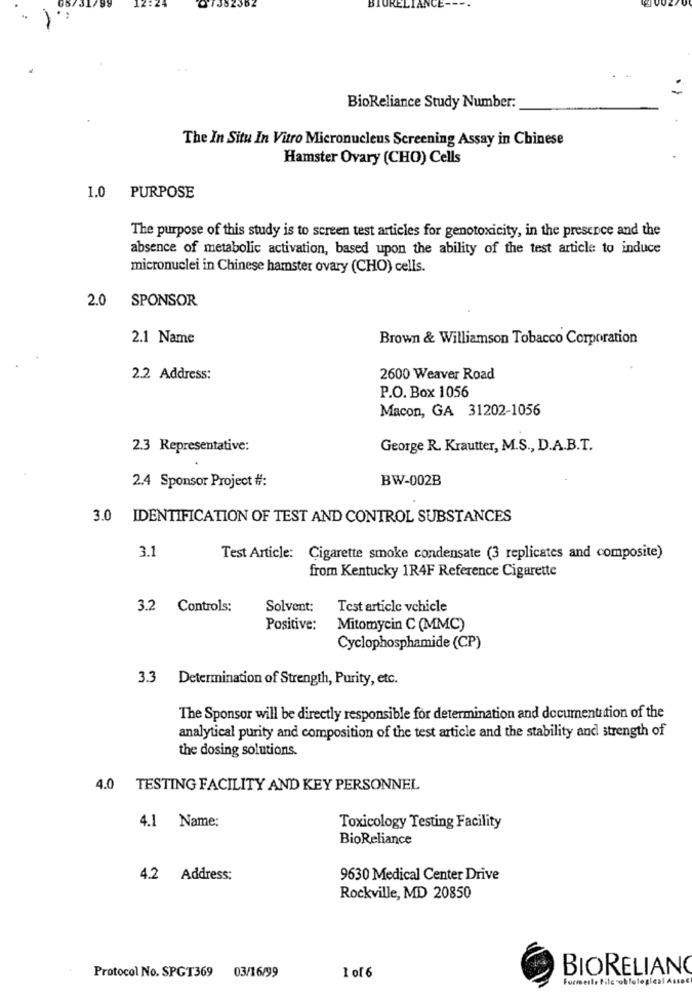
BioReliance Study Number:
The In Situ In Vitro Micronucleus Screening Assay in Chinese
Hamster Ovary (CHO) Cells
1.0 PURPOSE
The purpose of this study is to screen test articles for genotoxicity, in the presence and the
absence of metabolic activation, based upon the ability of the test article to induce
micronuclei in Chinese hamster ovary (CHO) cells.
2.0
SPONSOR
2.1 Name
Brown & Williamson Tobacco Corporation
2.2 Address:
2600 Weaver Road
P.O. Box 1056
Macon, GA 31202-1056
2.3 Representative:
George R. Krautter, M.S ., D.A.B.T.
2.4 Sponsor Project #:
BW-002B
3.0 IDENTIFICATION OF TEST AND CONTROL SUBSTANCES
3.1
Test Article: Cigarette smoke condensate (3 replicates and composite)
from Kentucky 1R4F Reference Cigarette
3.2 Controls:
Solvent:
Test article vehicle
Positive:
Mitomycin C (MMC)
Cyclophosphamide (CP)
3.3 Determination of Strength, Purity, etc.
The Sponsor will be directly responsible for determination and documentation of the
analytical purity and composition of the test article and the stability and strength of
the dosing solutions.
4.0 TESTING FACILITY AND KEY PERSONNEL
4.1 Name:
Toxicology Testing Facility
BioReliance
4.2 Address:
9630 Medical Center Drive
Rockville, MD 20850
1 of 6
BIORELIANO
Protocol No. SPGT369 03/16/99
Formerle Filc -oh fotogles! Assss